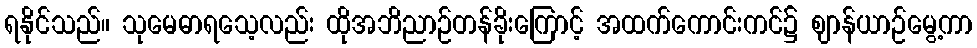
ရနိုင်သည်။ သုမေဓာရသေ့လည်း ထိုအဘိညာဉ်တန်ခိုးကြောင့် အထက်ကောင်းကင်၌ ဈာန်ယာဉ်မွေ့ကာ